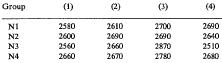
<table><thead><tr><td><b>Group</b></td><td><b>(1)</b></td><td><b>(2)</b></td><td><b>(3)</b></td><td><b>(4)</b></td></tr></thead><tbody><tr><td>N1</td><td>2580</td><td>2610</td><td>2700</td><td>2690</td></tr><tr><td>N2</td><td>2600</td><td>2690</td><td>2690</td><td>2640</td></tr><tr><td>N3</td><td>2560</td><td>2660</td><td>2870</td><td>2510</td></tr><tr><td>N4</td><td>2660</td><td>2670</td><td>2780</td><td>2680</td></tr></tbody></table>